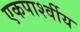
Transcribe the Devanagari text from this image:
एकपार्श्वीय